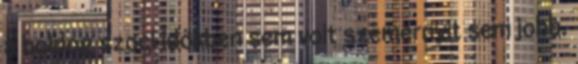
a boldog szoci időkben sem volt szemernyit sem jobb.